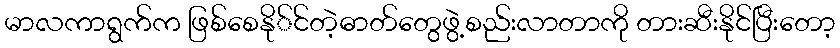
မာလကာရွက်က ဖြစ်စေနို်င်တဲ့ဓာတ်တွေဖွဲ့စည်းလာတာကို တားဆီးနိုင်ပြီးတော့